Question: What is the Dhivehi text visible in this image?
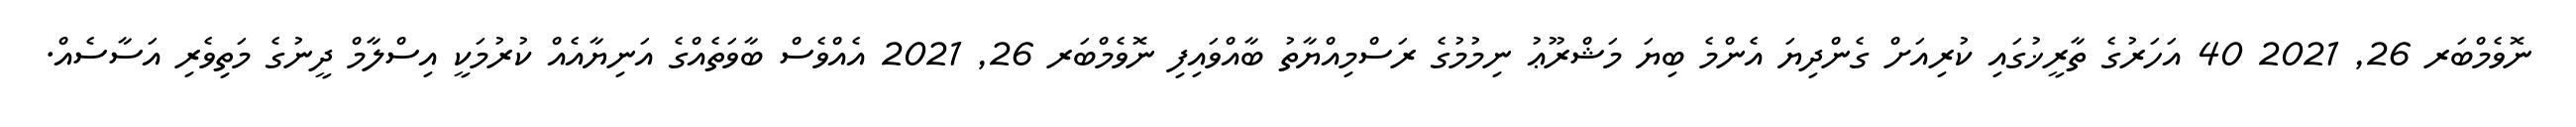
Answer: ނޮވެމްބަރ 26, 2021 40 އަހަރުގެ ތާރީޚުގައި ކުރިއަށް ގެންދިޔަ އެންމެ ބިޔަ މަޝްރޫޢު ނިމުމުގެ ރަސްމިއްޔާތު ބާއްވައިފި ނޮވެމްބަރ 26, 2021 އެއްވެސް ބާވަތެއްގެ އަނިޔާއެއް ކުރުމަކީ އިސްލާމް ދީނުގެ މަތިވެރި އަސާސެއް.